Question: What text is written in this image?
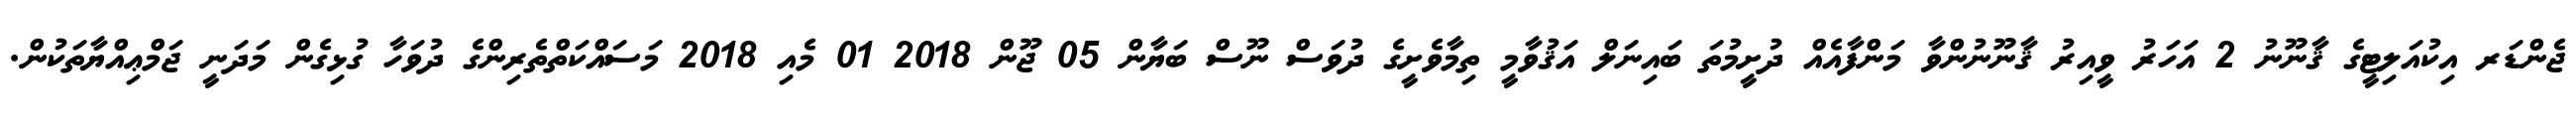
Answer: ޖެންޑަރ އިކުއަލިޓީގެ ޤާނޫނު 2 އަހަރު ވީއިރު ޤާނޫނުންވާ މަންފާއެއް ދުށީމުތަ ބައިނަލް އަޤުވާމީ ތިމާވެށީގެ ދުވަސް ނޫސް ބަޔާން 05 ޖޫން 2018 01 މެއި 2018 މަސައްކަތްތެރިންގެ ދުވަހާ ގުޅިގެން މަދަނީ ޖަމްޢިއްޔާތަކުން.